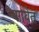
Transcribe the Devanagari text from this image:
सावेत